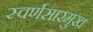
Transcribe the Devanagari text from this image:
स्वर्णसारमुख